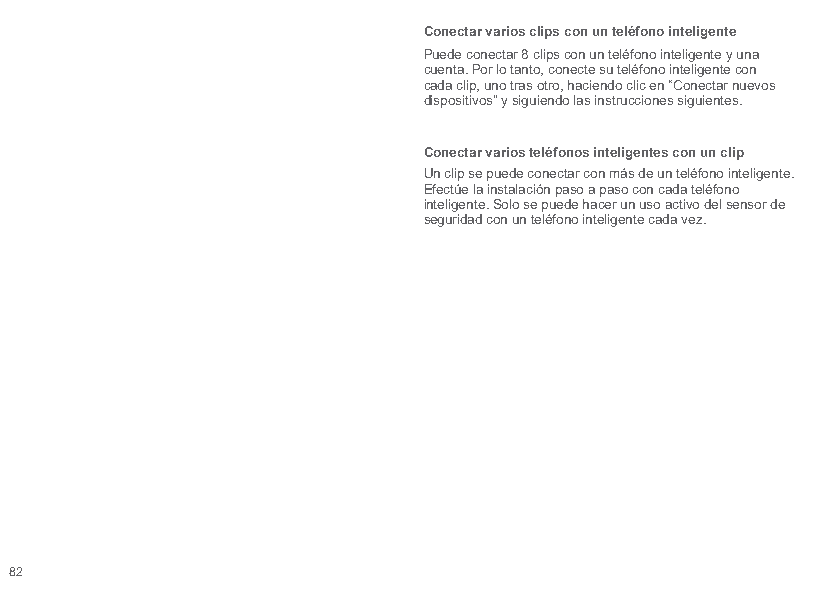
Conectar varios clips con un teléfono inteligente
 Puede conectar 8 clips con un teléfono inteligente y una
 cuenta. Por lo tanto, conecte su teléfono inteligente con
 cada clip, uno tras otro, haciendo clic en “Conectar nuevos
 dispositivos” y siguiendo las instrucciones siguientes.
 Conectar varios teléfonos inteligentes con un clip
 Un clip se puede conectar con más de un teléfono inteligente.
 Efectúe la instalación paso a paso con cada teléfono
 inteligente. Solo se puede hacer un uso activo del sensor de
 seguridad con un teléfono inteligente cada vez.
 82